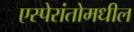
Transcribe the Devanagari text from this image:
एस्पेरांतोमधील